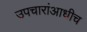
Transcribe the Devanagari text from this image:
उपचारांआधीच